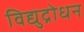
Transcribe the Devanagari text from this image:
विद्युद्रोधन